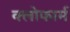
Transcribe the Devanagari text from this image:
क्लोफार्म